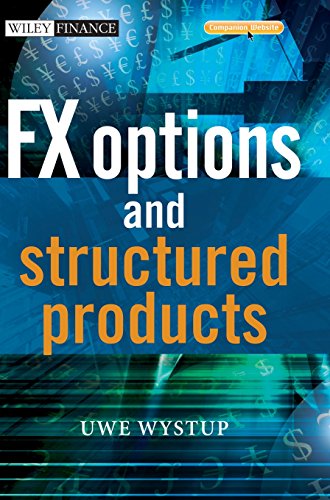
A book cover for FX Options and Structured Products; Uwe Wystup; Business & Money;